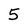
Character: 5